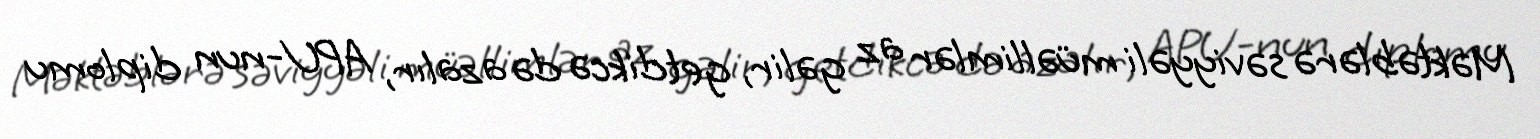
Məktəblərə səviyyəli müəllimlər az gəlir, getdikcə də azalır, APU-nun diplomu